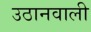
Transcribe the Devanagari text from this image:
उठानवाली